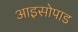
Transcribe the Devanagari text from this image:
आइसोपाड